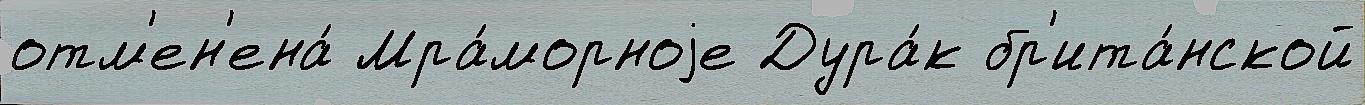
отм'ен'ена́ Мра́морноjе Дура́к бр'ита́нской